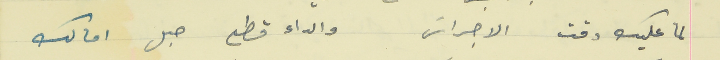
لما عليك دقت الاجراسَ                                       والداء قطع حبل امالك